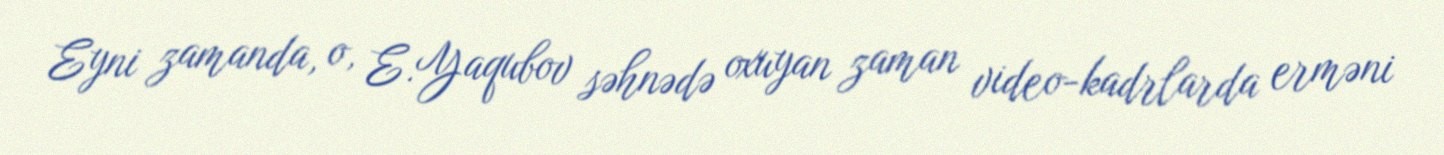
Eyni zamanda, o, E.Yaqubov səhnədə oxuyan zaman video-kadrlarda erməni